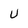
Character: U